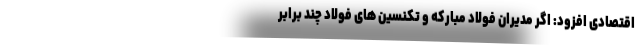
اقتصادی افزود: اگر مدیران فولاد مبارکه و تکنسین های فولاد چند برابر